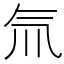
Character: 氚